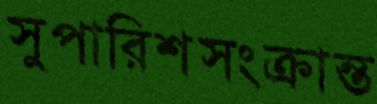
সুপারিশসংক্রান্ত